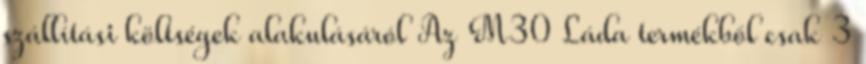
szállítási költségek alakulásáról Az M30 Láda termékből csak 3